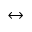
\leftrightarrow